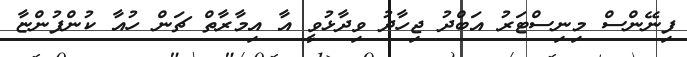
ފިނޭންސް މިނިސްޓަރު އަބްދު ޖިހާދު ވިދާޅުވީ އާ އިމާރާތް ޗަން ހުއާ ކުންފުންޏާ